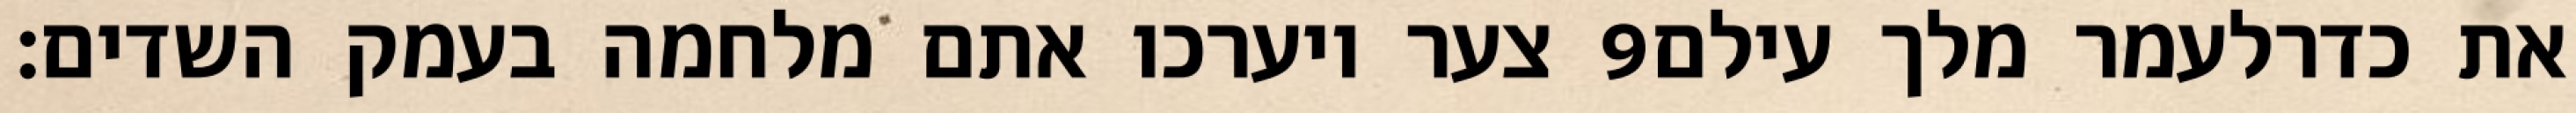
צער ויערכו אתם מלחמה בעמק השדים׃ ‎9‏ את כדרלעמר מלך עילם